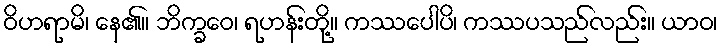
ဝိဟရာမိ၊ နေ၏။ ဘိက္ခဝေ၊ ရဟန်းတို့။ ကဿပေါပိ၊ ကဿပသည်လည်း။ ယာဝ၊